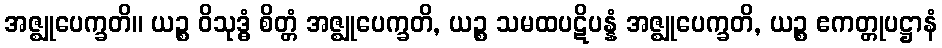
အဇ္ဈုပေက္ခတိ။ ယဉ္စ ဝိသုဒ္ဓံ စိတ္တံ အဇ္ဈုပေက္ခတိ, ယဉ္စ သမထပဋိပန္နံ အဇ္ဈုပေက္ခတိ, ယဉ္စ ဧကတ္တုပဋ္ဌာနံ